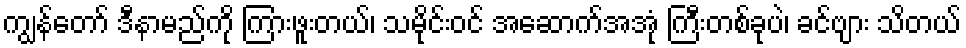
ကျွန်တော် ဒီနာမည်ကို ကြားဖူးတယ်၊ သမိုင်းဝင် အဆောက်အအုံ ကြီးတစ်ခုပဲ၊ ခင်ဗျား သိတယ်